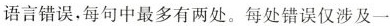
语言错误,每句中最多有两处.每处错误仅涉及一